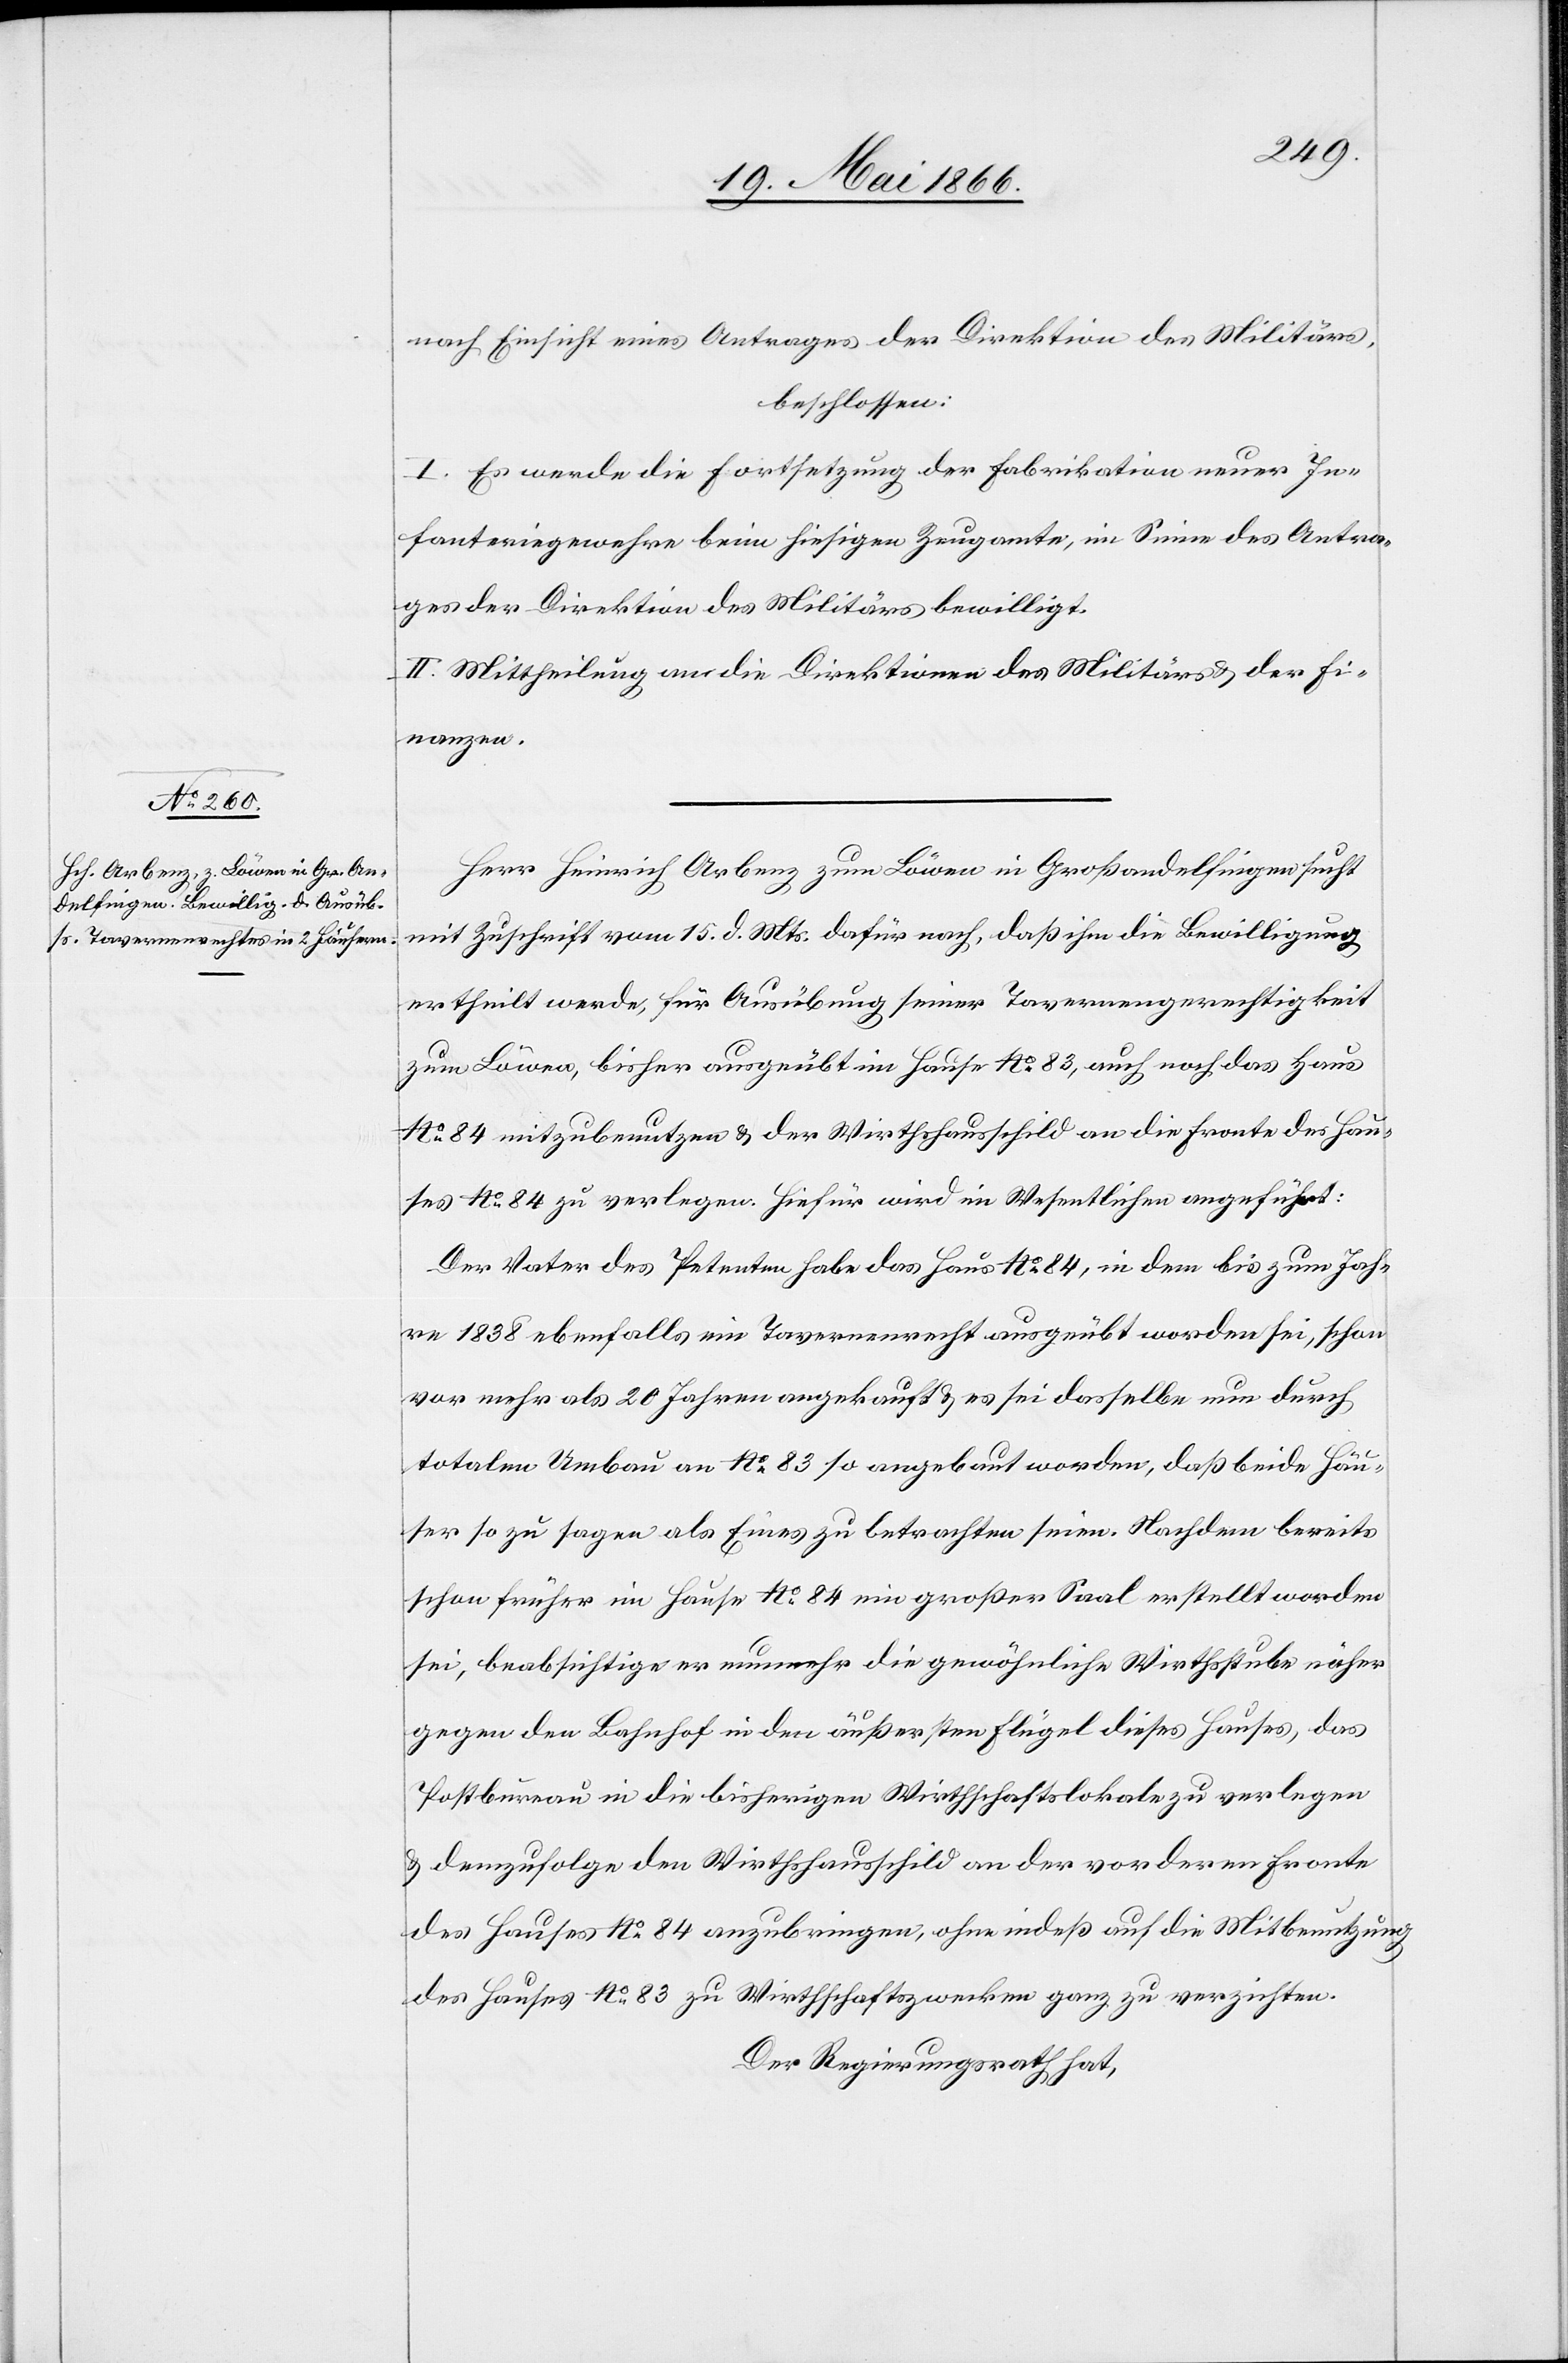
nach Einsicht eines Antrages der Direktion des Militärs,
beschlossen:
I. Es werde die Fortsetzung der Fabrikation neuer In¬
fanteriegewehre beim hiesigen Zeugamte, im Sinne des Antra¬
ges der Direktion des Militäres bewilligt.
II. Mittheilung an die Direktionen des Militärs u. der Fi¬
nanzen.
Herr Heinrich Arbenz zum Löwen in Großandelfingen sucht
mit Zuschrift vom 15. d. Mts. dafür nach, daß ihm die Bewilligung
ertheilt werde, für Ausübung seiner Tavernengerechtigkeit
zum Löwen, bisher ausgeübt im Hause No. 83, auch noch das Haus
No. 84 mitzubenutzen u. der Wirthshausschild an die Fronte des Hau¬
ses No. 84 zu verlegen. Hiefür wird im Wesentlichen angeführt:
Der Vater des Petenten habe das Haus No. 84, in dem bis zum Jah¬
re 1838 ebenfalls ein Tavernenrecht ausgeübt worden sei, schon
vor mehr als 20 Jahren angekauft u. es sei dasselbe nun durch
No.
totalen Umbau an No. 83 so angebaut worden, daß beide Häu¬
ser so zu sagen als Eines zu betrachten seien. Nachdem bereits
schon früher im Hause No. 84 ein großer Saal erstellt worden
sei, beabsichtige er nunmehr, die gewöhnliche Wirthsstube näher
gegen den Bahnhof in den äußersten Flügel dieses Hauses, das
Postbureau in die bisherigen Wirthschaftslokale zu verlegen
u. demzufolge den Wirthshausschild an deren Fronte des Hauses
des Hauses No. 83 zu Wirthschaftszwecken ganz zu verzichten.
Der Regierungsrath hat,